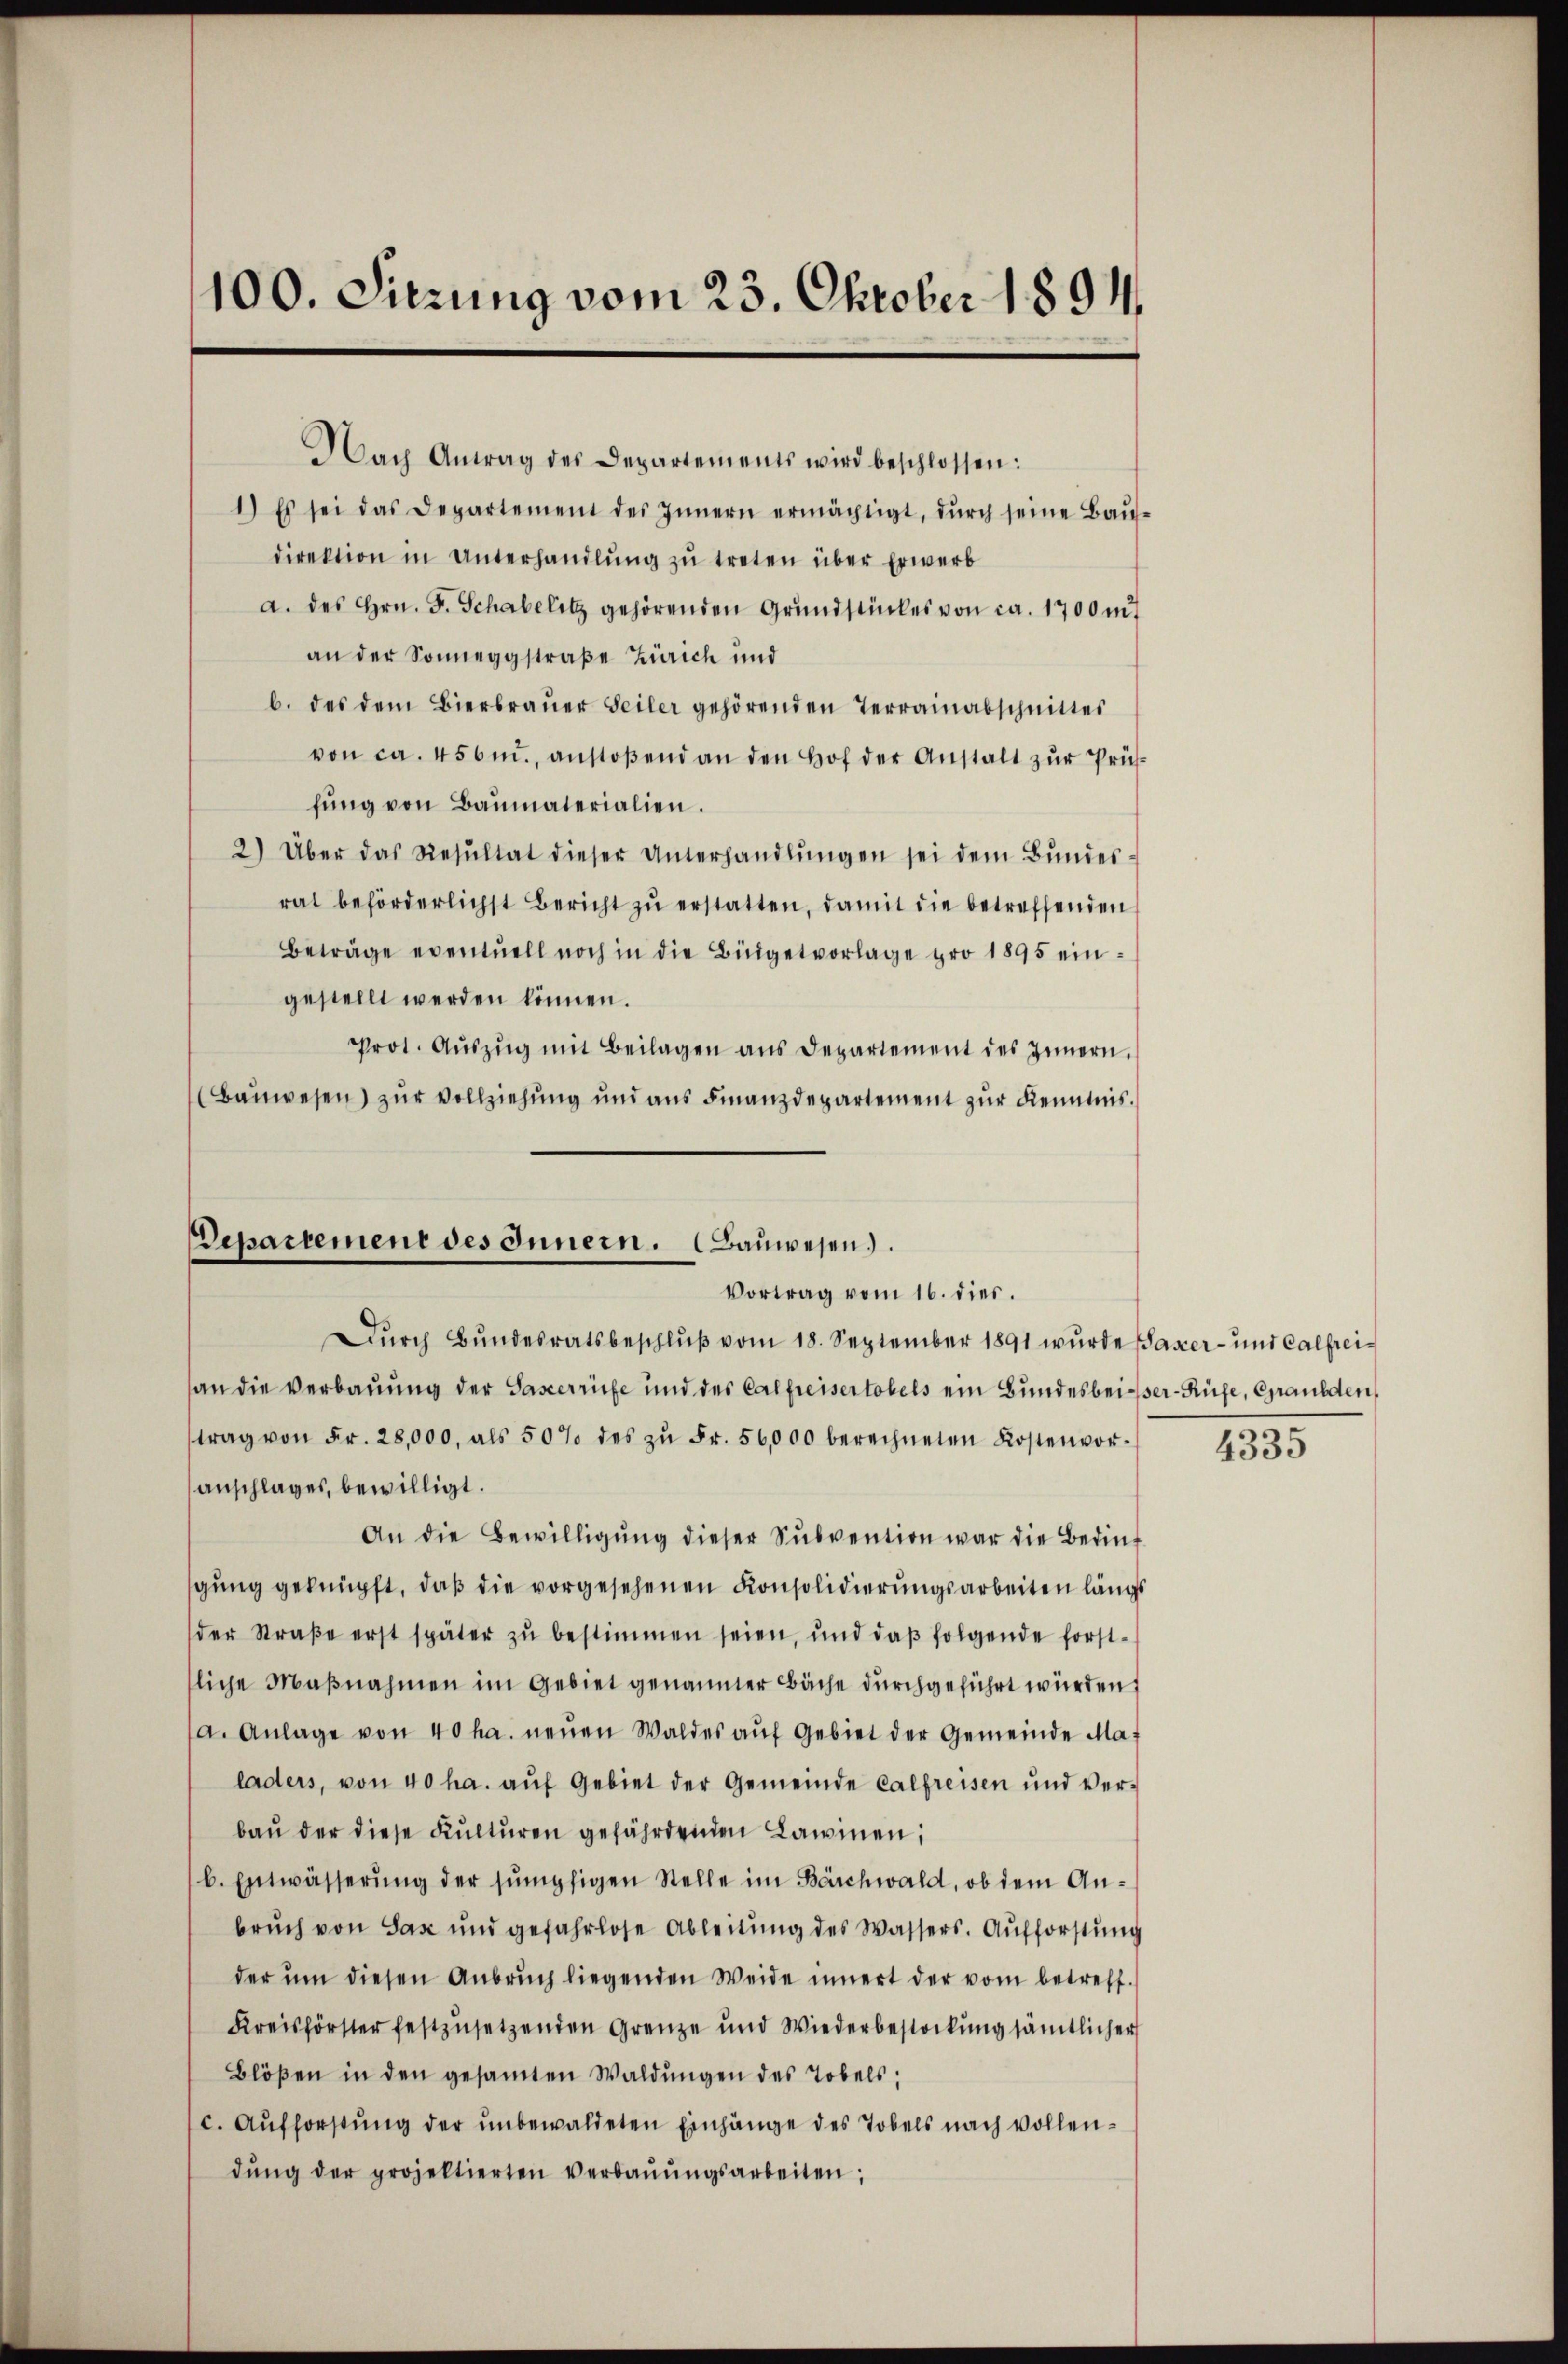
100. Sitzung vom 23. Oktober 1894.

Nach Antrag des Departements wird beschlossen:
1.) Es sei das Departement des Innern ermächtigt, dŭrch seine Baŭ-
direktion in Unterhandlŭng zŭ treten über Erwerb
a. des Hrn. F. Schabelitz gehörenden Grundstückes von ca. 1700 mit
an der Sonneggstraße Zürich und
b. des dem Bierbraŭer Seiler gehörenden Terrainabschnittes
von ca. 456m., anstoβend an den Hof der Anstalt zŭr Prüsfŭng von Baumaterialien.
2) Über das Resŭltat dieser Unterhandlŭngen sei dem Bŭndes-
rat beförderlichst Bericht zŭ erstatten, damit die betreffenden
Beträge eventuell noch in die Büdgetvorlage pro 1895 eingestellt werden können.
prot. Aŭszŭg mit Beilagen ans Departement des Innern,
(Baŭwesen) zŭr Vollziehŭng und ans Finanzdepartement zŭr Kenntnis.

Departement des Innern. (Bauwesen.
Vortrag vom 16. dies.

Dŭrch Bŭndesratsbeschlŭβ vom 18. September 1891 wurde (Saxer- und Calfrei-
an die Verbauung der Passerrüfe und des Calpreisertobels ein Bundesbeiser-Rüfe, Gaulden,
trag von Fr. 28,000, als 50% des zŭ Fr. 56,000 berechneten Kostenvor-
anschlages, bewilligt.
An die Bewilligung dieser Subvention war die Bedinf
gung geknüpft, daß die vorgesehenen Konsolidierungsarbeiten längs
der Straße erst später zu bestimmen seien, und daß folgende forstsliche Maßnahmen im Gebiet genannter Bäche durchgeführt würden s
a. Anlage von 40 ha. neŭen Waldes aŭf Gebiet der Gemeinde Ma
laders, von 40 ha. auf Gebiet der Gemeinde Calfreisen und verbaŭ der diese Kulturen gefährdenden Lawinen,
b. Entwässerŭng der sŭmpfigen Stelle im Bärchwald, ob dem An-
bruch von Sax und gefahrlose Ableitŭng des Wassers. Aufforstung
der ŭm diesen Anbrŭch liegenden Weide innert der vom betreff.
Kreisförster festzusetzenden Grenze und Wiederbestockung sämtlicher
Blößen in den gesamten Waldŭngen des Tobels;
c. Aufforstung der unbewaldeten Einhänge des Tobels nach vollendŭng der projektierten verbaŭŭngsarbeiten;

4335